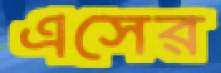
এসের